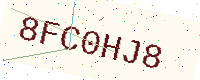
Text: 8FC0HJ8